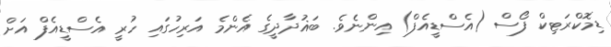
ޑިމޮކްރަޓިކް ފޯސް (އެސްޑީއެފް) އިންނެވެ. ބަޣުދާދީގެ އެންމެ އަރިހުގައި ހުރީ އެސްޑީއެފް އަށް